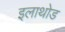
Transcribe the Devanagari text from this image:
इलाथोड